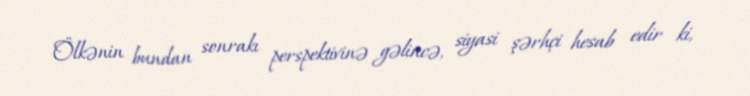
Ölkənin bundan sonrakı perspektivinə gəlincə, siyasi şərhçi hesab edir ki,